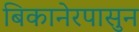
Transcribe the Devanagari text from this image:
बिकानेरपासुन